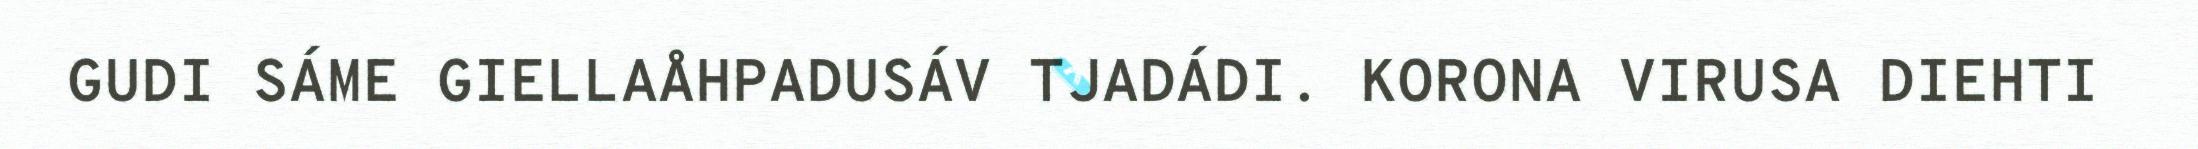
GUDI SÁME GIELLAÅHPADUSÁV TJADÁDI. KORONA VIRUSA DIEHTI